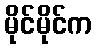
မိုင်မိုင်က